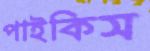
পাইকিস